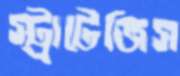
স্ট্রাটেজিস